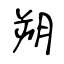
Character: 朔